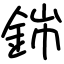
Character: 銟